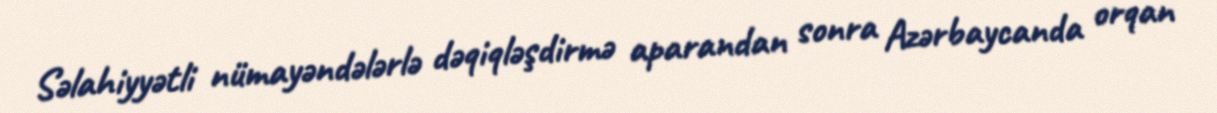
Səlahiyyətli nümayəndələrlə dəqiqləşdirmə aparandan sonra Azərbaycanda orqan